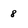
Character: 8